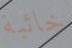
خائبة